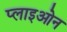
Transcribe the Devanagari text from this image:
प्लाइओन